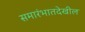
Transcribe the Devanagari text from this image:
समारंभातदेखील